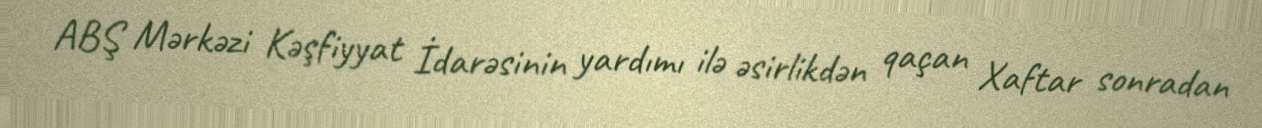
ABŞ Mərkəzi Kəşfiyyat İdarəsinin yardımı ilə əsirlikdən qaçan Xaftar sonradan